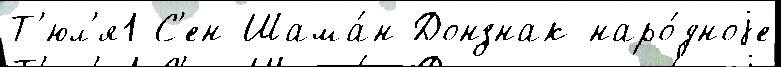
Т'юл'я1 С'ен-Шама́н Донзнак наро́дноjе